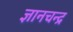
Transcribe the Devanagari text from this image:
ज्ञानचन्द्र